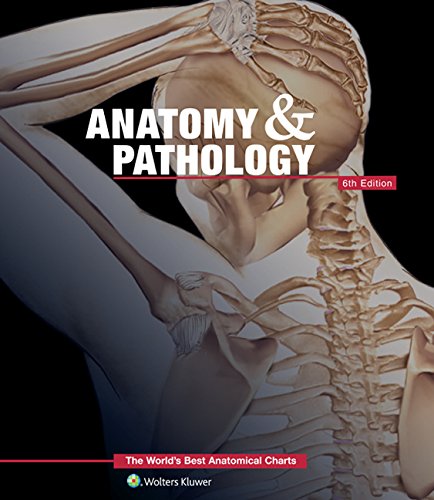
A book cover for Anatomy & Pathology:The World's Best Anatomical Charts Book (The World's Best Anatomical Chart Series); Anatomical Chart Company; Medical Books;